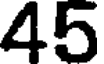
45